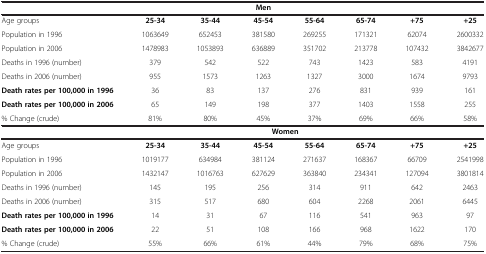
|  |  |  | Men |  |  |  |  |
 | --- | --- | --- | --- | --- | --- | --- | --- |
 | Age groups | 25-34 | 35-44 | 45-54 | 55-64 | 65-74 | +75 | +25 |
 | Population in 1996 | 1063649 | 652453 | 381580 | 269255 | 171321 | 62074 | 2600332 |
 | Population in 2006 | 1478983 | 1053893 | 636889 | 351702 | 213778 | 107432 | 3842677 |
 | Deaths in 1996 (number) | 379 | 542 | 522 | 743 | 1423 | 583 | 4191 |
 | Deaths in 2006 (number) | 955 | 1573 | 1263 | 1327 | 3000 | 1674 | 9793 |
 | Death rates per 100,000 in 1996 | 36 | 83 | 137 | 276 | 831 | 939 | 161 |
 | Death rates per 100,000 in 2006 | 65 | 149 | 198 | 377 | 1403 | 1558 | 255 |
 | % Change (crude) | 81% | 80% | 45% | 37% | 69% | 66% | 58% |
 |  | <COLSPAN=6> Women |  |
 | Age groups | 25-34 | 35-44 | 45-54 | 55-64 | 65-74 | +75 | +25 |
 | Population in 1996 | 1019177 | 634984 | 381124 | 271637 | 168367 | 66709 | 2541998 |
 | Population in 2006 | 1432147 | 1016763 | 627629 | 363840 | 234341 | 127094 | 3801814 |
 | Deaths in 1996 (number) | 145 | 195 | 256 | 314 | 911 | 642 | 2463 |
 | Deaths in 2006 (number) | 315 | 517 | 680 | 604 | 2268 | 2061 | 6445 |
 | Death rates per 100,000 in 1996 | 14 | 31 | 67 | 116 | 541 | 963 | 97 |
 | Death rates per 100,000 in 2006 | 22 | 51 | 108 | 166 | 968 | 1622 | 170 |
 | % Change (crude) | 55% | 66% | 61% | 44% | 79% | 68% | 75% |